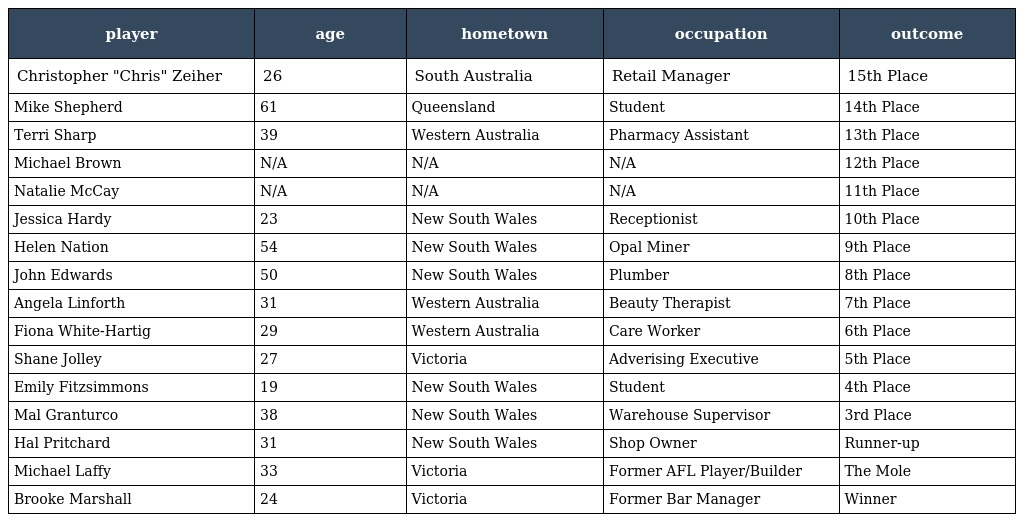
| player | age | hometown | occupation | outcome |
 | --- | --- | --- | --- | --- |
 | Christopher "Chris" Zeiher | 26 | South Australia | Retail Manager | 15th Place |
 | Mike Shepherd | 61 | Queensland | Student | 14th Place |
 | Terri Sharp | 39 | Western Australia | Pharmacy Assistant | 13th Place |
 | Michael Brown | N/A | N/A | N/A | 12th Place |
 | Natalie McCay | N/A | N/A | N/A | 11th Place |
 | Jessica Hardy | 23 | New South Wales | Receptionist | 10th Place |
 | Helen Nation | 54 | New South Wales | Opal Miner | 9th Place |
 | John Edwards | 50 | New South Wales | Plumber | 8th Place |
 | Angela Linforth | 31 | Western Australia | Beauty Therapist | 7th Place |
 | Fiona White-Hartig | 29 | Western Australia | Care Worker | 6th Place |
 | Shane Jolley | 27 | Victoria | Adverising Executive | 5th Place |
 | Emily Fitzsimmons | 19 | New South Wales | Student | 4th Place |
 | Mal Granturco | 38 | New South Wales | Warehouse Supervisor | 3rd Place |
 | Hal Pritchard | 31 | New South Wales | Shop Owner | Runner-up |
 | Michael Laffy | 33 | Victoria | Former AFL Player/Builder | The Mole |
 | Brooke Marshall | 24 | Victoria | Former Bar Manager | Winner |